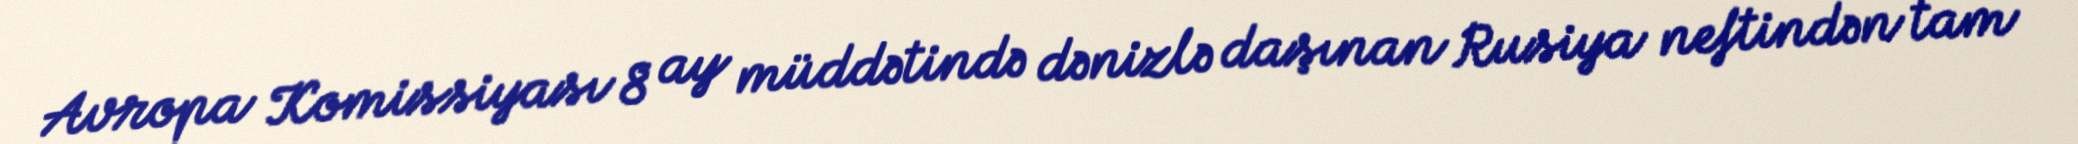
Avropa Komissiyası 8 ay müddətində dənizlə daşınan Rusiya neftindən tam